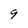
Character: 9